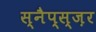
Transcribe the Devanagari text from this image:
स्नैप्स्ज़र